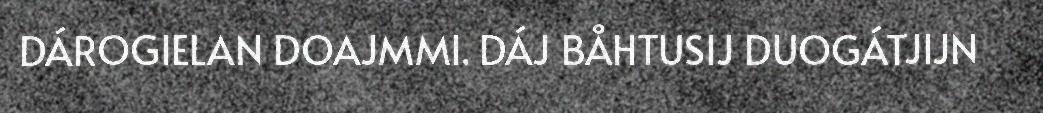
DÁROGIELAN DOAJMMI. DÁJ BÅHTUSIJ DUOGÁTJIJN